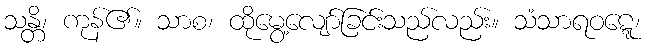
သန္တိ၊ ကုန်၏။ သာစ၊ ထိုမွေ့လျော်ခြင်းသည်လည်း။ သံသာရဝဋ္ဋေ၊